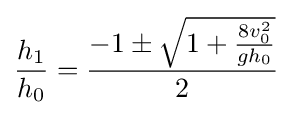
{h_{1} \over h_{0}}={\frac {-1\pm {\sqrt {1+{\frac {8v_{0}^{2}}{gh_{0}}}}}}{2}}